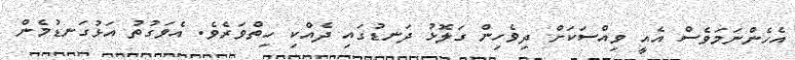
އެހެންނަމަވެސް އެއީ ވިއްސަކަށް ދިވެހިން ގަލޮޅު ދަނޑުގައި ދެއްކި ހިތްވަރެވެ. އެވަގުތު އަޅުގަނޑުމެން